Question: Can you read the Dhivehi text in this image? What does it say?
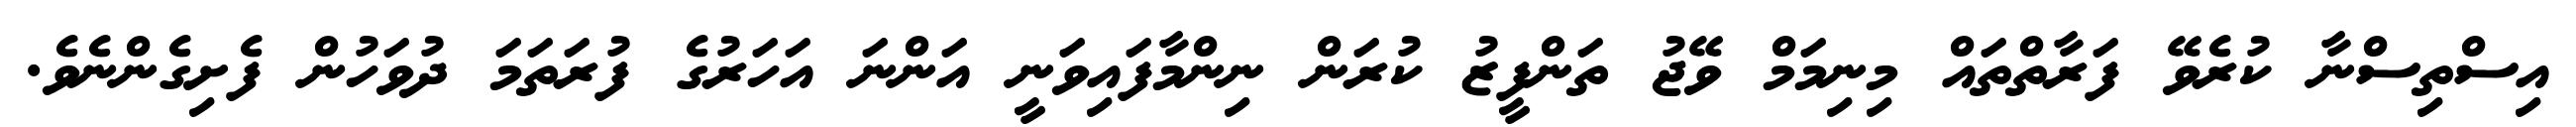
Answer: އިސްތިސްނާ ކުރެވޭ ފަރާތްތައް މިނިމަމް ވޭޖު ތަންފީޒު ކުރަން ނިންމާފައިވަނީ އަންނަ އަހަރުގެ ފުރަތަމަ ދުވަހުން ފެށިގެންނެވެ.